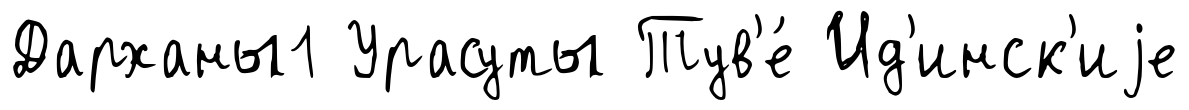
Дарханы1 Урасуты Тув'е́ Ид'инск'иjе